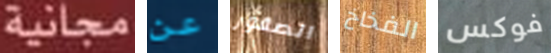
مجانية عن الصقور الفخاخ فوكس